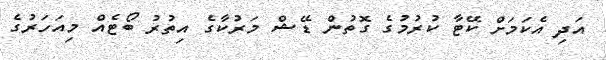
އަދި އެކަމަށް ކޭޓާ ކުރުމުގެ ގޮތުން ޑޭޝް މަރުކާގެ އިތުރު ބޯޓެއް މިއަހަރުގެ